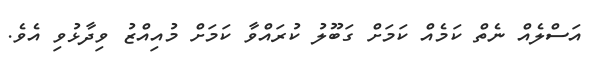
އަސްލެއް ނެތް ކަމެއް ކަމަށް ގަބޫލު ކުރައްވާ ކަމަށް މުއިއްޒު ވިދާޅުވި އެވެ.